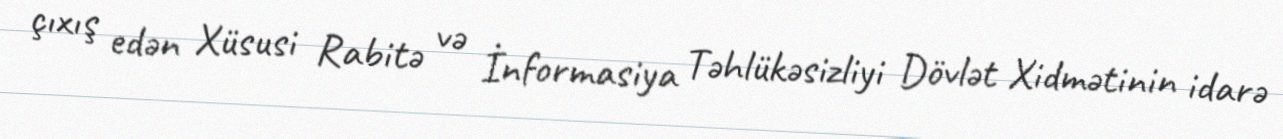
çıxış edən Xüsusi Rabitə və İnformasiya Təhlükəsizliyi Dövlət Xidmətinin idarə